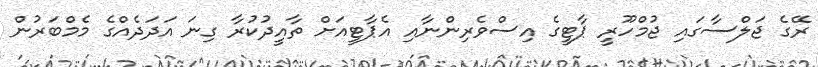
ރޭގެ ޖަލްސާގައި ޖުމްހޫރީ ޕާޓީގެ އިސްވެރިންނާއި އެޕާޓީއަށް ތާއީދުކުރާ ގިނަ އަދަދެއްގެ މެމްބަރުން